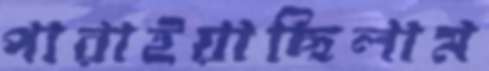
পারাইয়াছিলাম